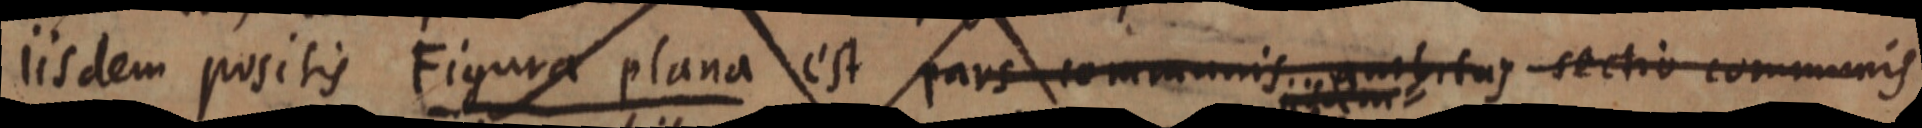
iisdem positis Figura plana est pars communis ambitus sectio communis